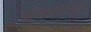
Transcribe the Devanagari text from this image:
क्रोमियमकलछुल